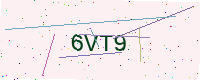
Text: 6VT9